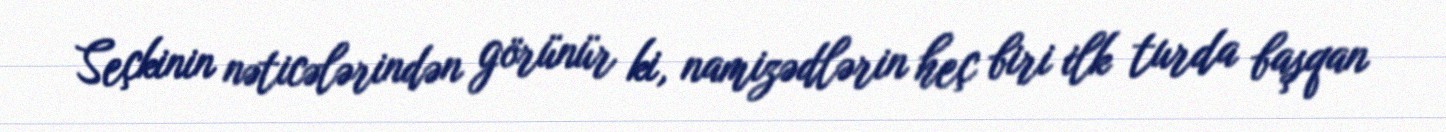
Seçkinin nəticələrindən görünür ki, namizədlərin heç biri ilk turda başqan